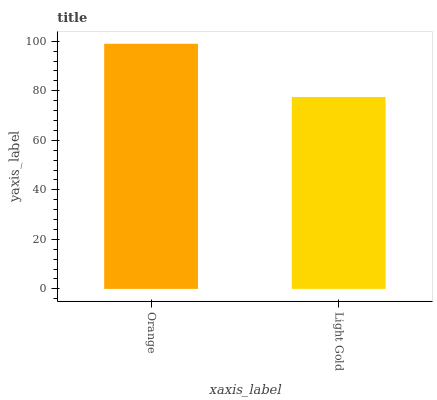
| xaxis_label | bars |
 | --- | --- |
 | Orange | 99 |
 | Light Gold | 77.5 |